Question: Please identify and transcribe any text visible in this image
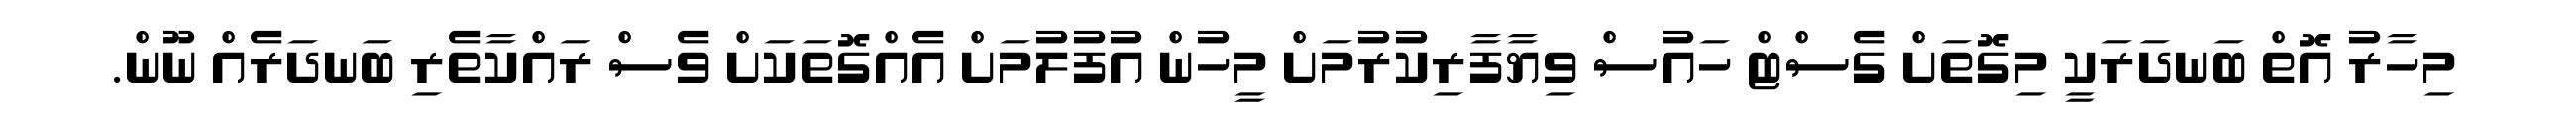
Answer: މިހާރު އޮތް ބަނދަރަކީ މިގޮތަށް ގެސްޓް ހައުސް ވިޔާފާރިކުރުމަށް މީހުން އުފުލުމަށް އެއްގޮތަކަށް ވެސް ރައްކާތެރި ބަނދަރެއް ނޫން.